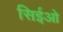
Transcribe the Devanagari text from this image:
सिईओ